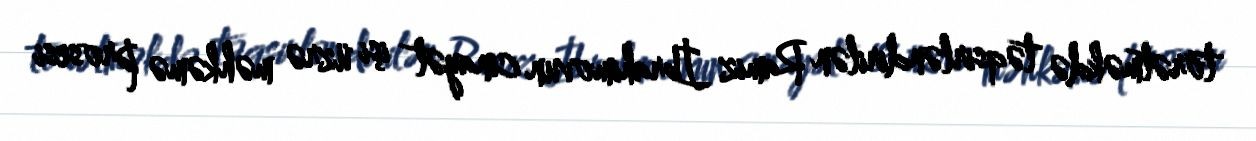
törətməkdə təqsirləndirilən Ramiz İbrahimovun cinayət işi üzrə məhkəmə prosesi